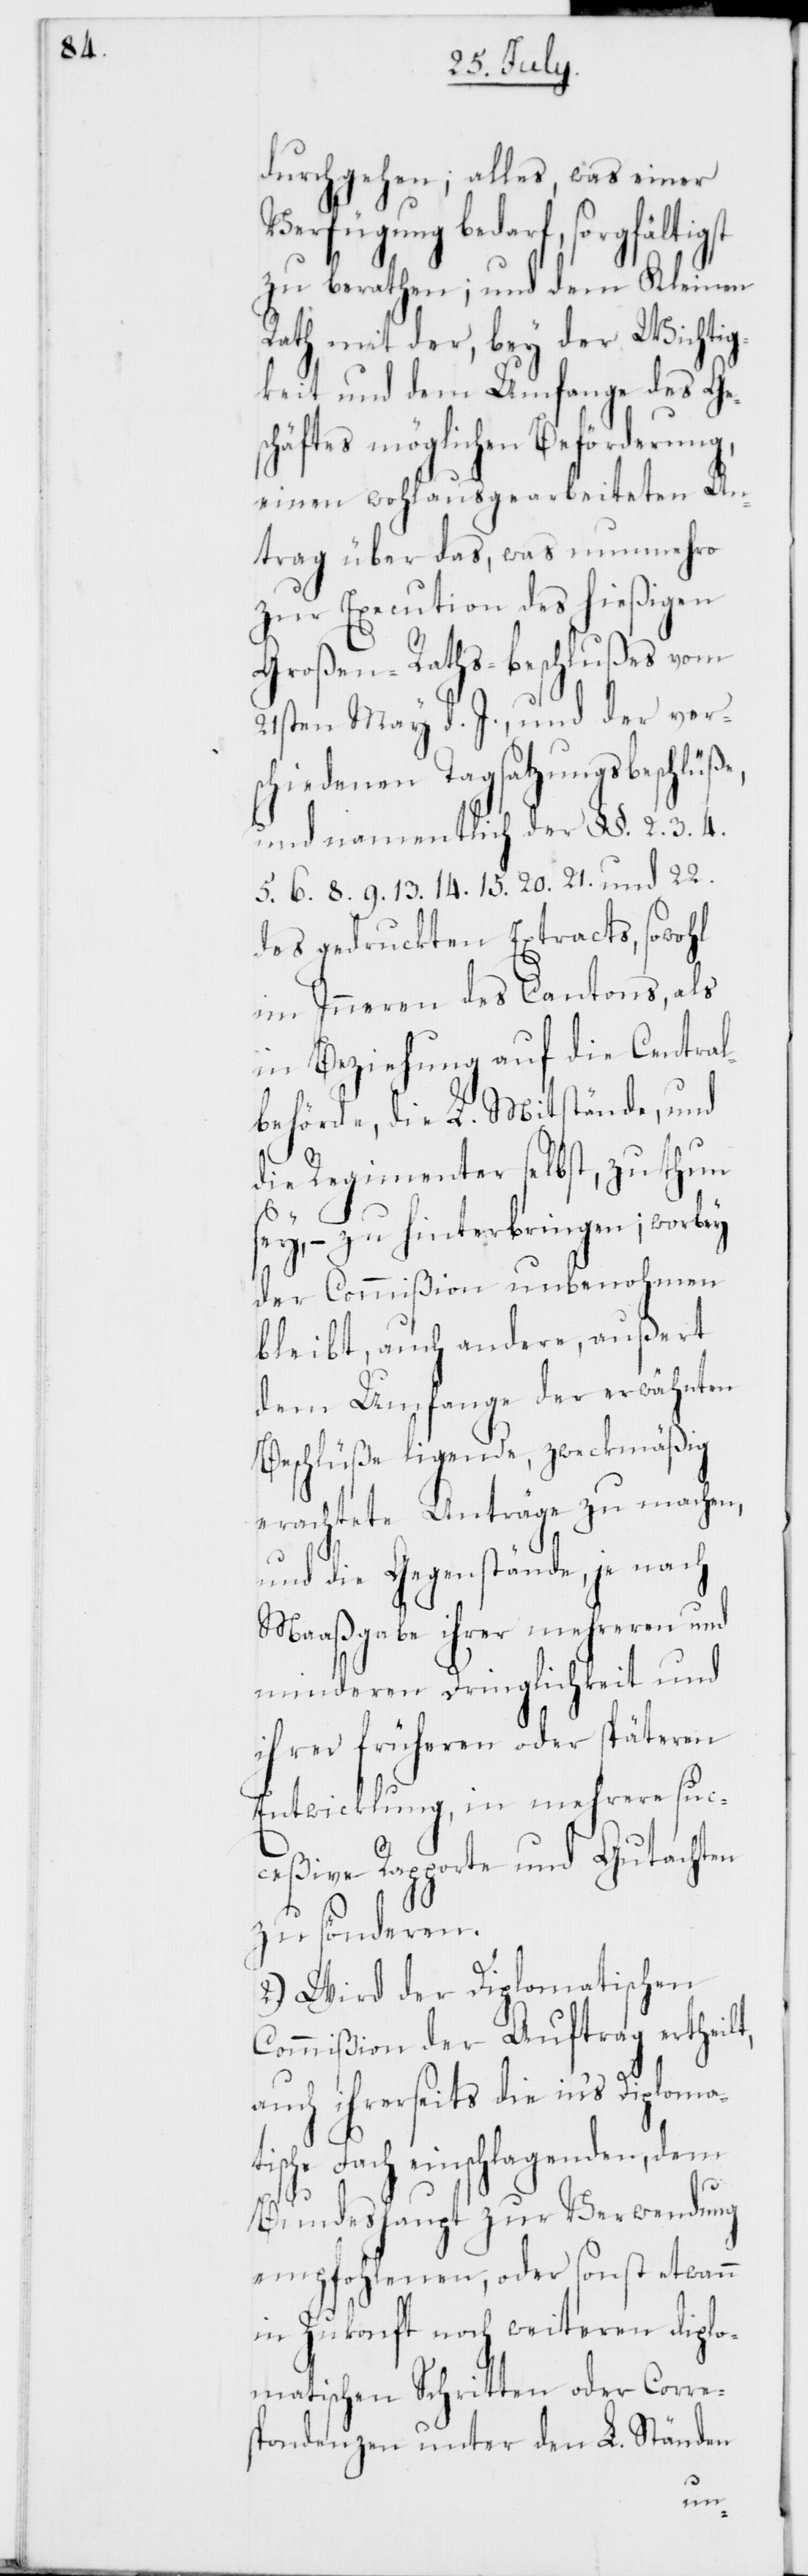
durchgehen; alles, was einer
Verfügung bedarf, sorgfältigst
zu berathen; und dem Kleinen
Rath mit der, bey der Wichtig¬
keit und dem Umfange des Ge¬
schäftes möglichen Beförderung,
einen wohlausgearbeiteten An¬
trag über das, was nunmehro
zur Execution des hießigen
Großen-Raths-Beschlußes vom
21sten May d. J., und der vers¬
chiedenen Tagsatzungsbeschlüß¬
und namentlich der §§. 2. 3. 4.
5. 6. 8. 9. 13. 14. 15. 20. 21. und 22.
des gedruckten Extracts, sowohl
im Innern des Cantons, als
in Beziehung auf die Central¬
behörde, die L. Mitstände, und
die Regimenter selbst, zu thun
sey, – zu hinterbringen; worbey
der Commißion unbenohmen
bleibt, auch andere, außert
dem Umfange der erwähnten
Beschlüße ligende, zweckmäßig
erachtete Anträge zu machen,
und die Gegenstände, je nach
Maaßgabe ihrer mehreren und
minderen Dringlichkeit und
ihrer früheren oder späteren
Entwicklung, in mehrere suc¬
ceßive Rapporte und Gutachten
zu sönderen.
2.) Wird der Diplomatischen
Commißion der Auftrag ertheil¬
auch ihrerseits die ins Diplomat¬
ische Fach einschlagenden, dem
Bundeshaupt zur Verwendung
empfohlenen, oder sonst etwann
in Zukonft noch weiteren diplo¬
matischen Schritten oder Corre¬
spondenzen unter den L. Ständen
t,